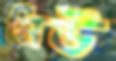
নিউ